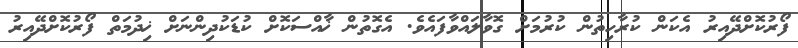
ފޯރުކޮށްދޭއިރު އެކަން ކުރާހިތުން ކުރުމަށް ގޮވާލައްވާފައެވެ. އެގޮތުން ޚާއްސަކޮށް ކުޑަކުދިންނަށް ޚިދުމަތް ފޯރުކޮށްދޭއިރު